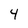
Character: 4